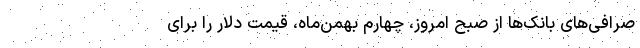
صرافی‌های بانک‌ها از صبح امروز، چهارم بهمن‌ماه، قیمت دلار را برای